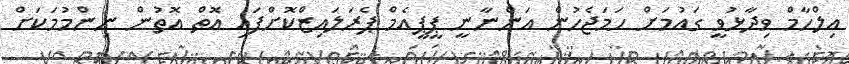
އިލްހާމް ވިދާޅުވީ ގައުމަށް ހަމަޖެހުން އަންނާނީ ޕީޕީއެމް ޕެރަލައިޒްކޮށްފައި އޮތް އޮތުން ނިންމުމަކަށް